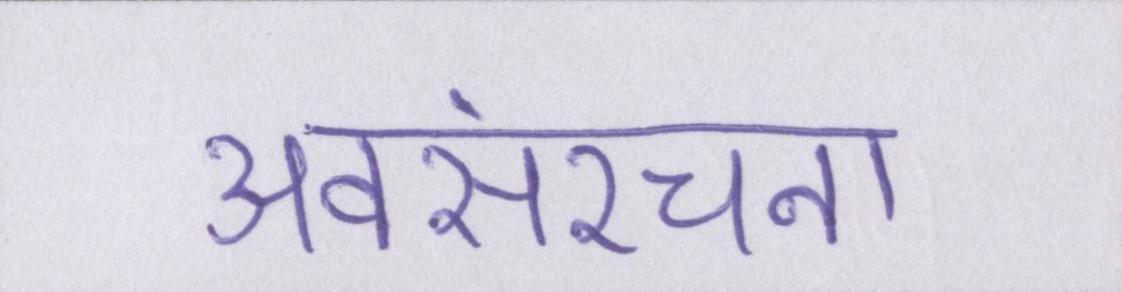
अवसंरचना